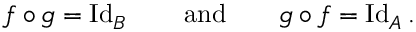
f \circ g = \operatorname { I d } _ { B } \qquad { \mathrm { a n d } } \qquad g \circ f = \operatorname { I d } _ { A } .